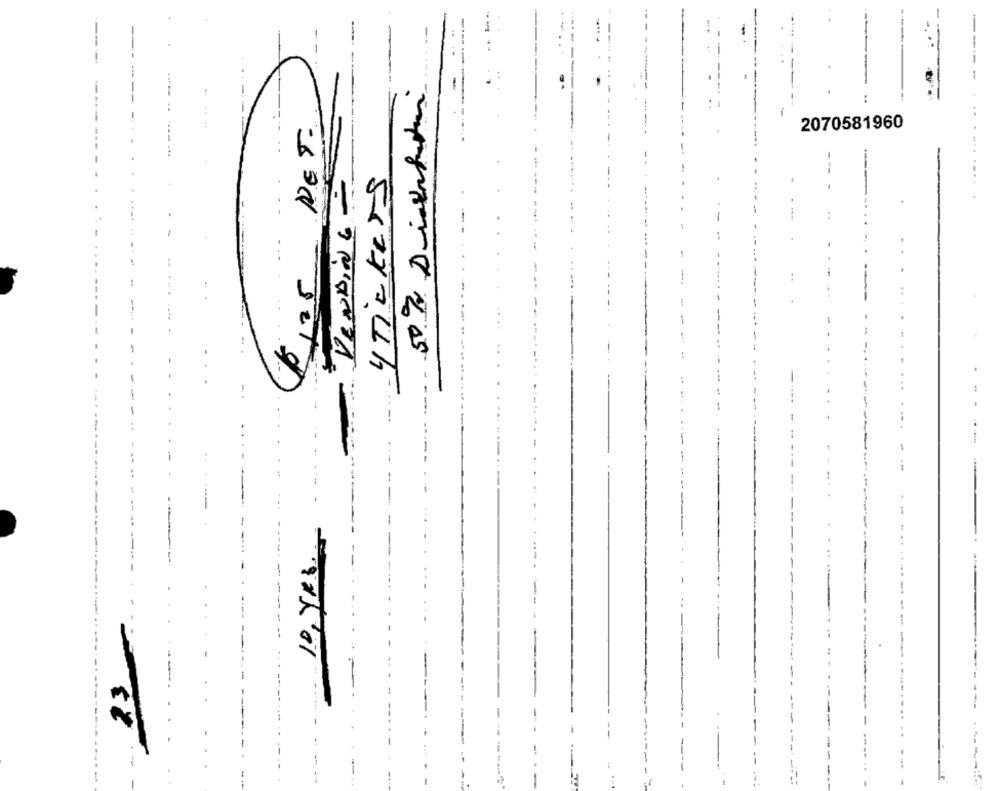
:
--
507 Direction
----.
..
.
--
---------
NET-
2070581960
--
PENDING -
4 Tickers
.....
..
.
..
-
-
-
-
.
-
10, Yes.
..
.